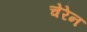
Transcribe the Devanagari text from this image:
चेरेन